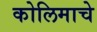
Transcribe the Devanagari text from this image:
कोलिमाचे